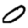
Digit: 0